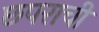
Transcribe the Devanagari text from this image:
छपराची